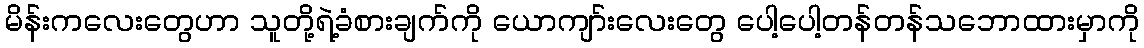
မိန်းကလေးတွေဟာ သူတို့ရဲ့ခံစားချက်ကို ယောကျာ်းလေးတွေ ပေါ့ပေါ့တန်တန်သဘောထားမှာကို